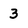
Character: 3